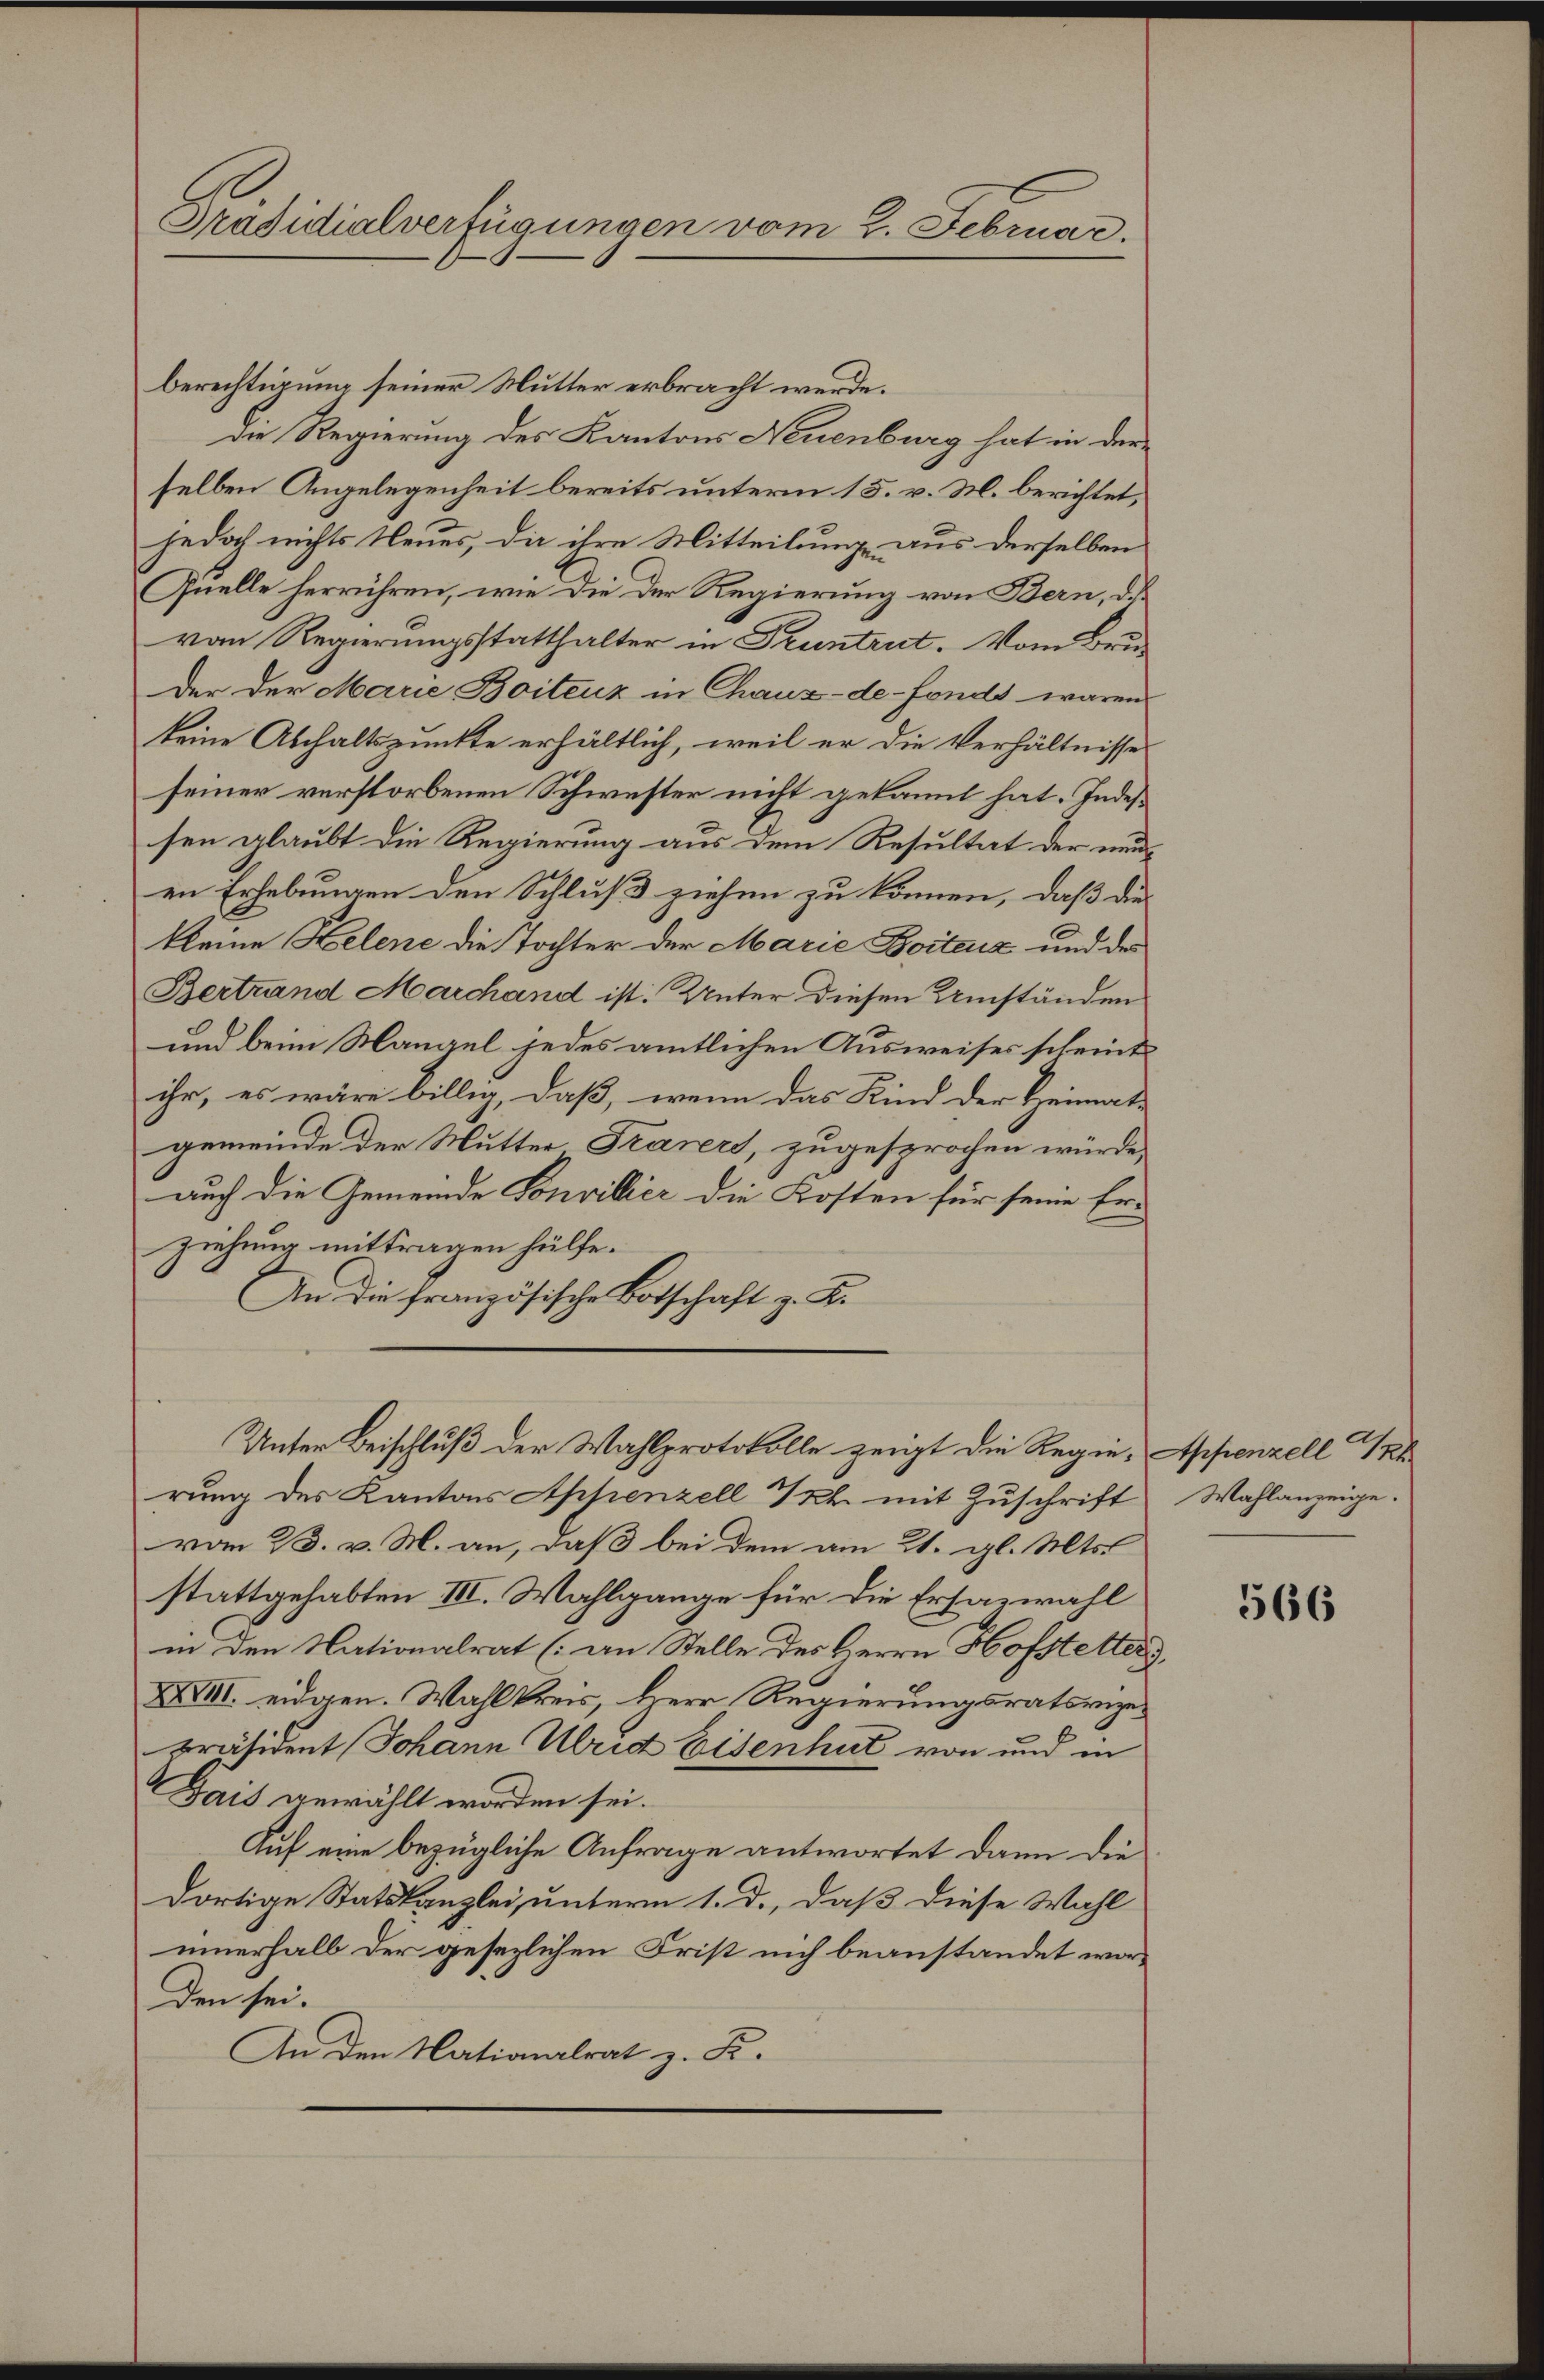
Präsidialverfügungen vom 2. Februar.

berechtigung seiner Mutter erbracht werde.
die Regierung des Kantons Neuenburg hat in der
selben Angelegenheit bereits unterm 15. v. M. berichtet,
jedoch nichts Neues, die ihre Mitteilung aus derselben
Quelle herrühren, wie die der Regierung von Bern, daß
vom Regierungsstatthalter in Truntrut. Vom Bruder der Marie Boitenz in Chaux-de-Fonds waren
keine Abhaltspunkte erhältlich, weil er die Verhältnisse
seiner verstorbenen Schwester nicht gekannt hat. Indessen glaubt die Regierung aus dem Resultat der nunen Erhebungen den Schluß ziehen zu können, daß die
kleine Helene die Tochter der Marie Boitenz und des
Bertrand Marchand ist: Unter diesen Umständen
und beim Mangel jedes amtlichen Ausweises scheint
ihr, es wäre billig, daß, wenn das Kind der Heimat-
gemeinde der Mutter Trasers, zugesprochen würde,
auch die Gemeinde Sonvillier die Kosten für seine Er-
ziehung mittragen hülfe.
An die französische Botschaft z. K.
Unter Beischluß der Wahlprotokolle zeigt die Regierung des Kantons Appenzell Th. mit Zuschrift
vom 23. v. M. an, daß bei dem am 21. gl. Mts.
stattgehabten III. Wahlgange für die Ersazwahl
in den Nationalrat (an Stelle des Herrn Hofstetter
XXVIII. eidgen. Wahlkreis, Herr Regierungsratsreize¬
Präsident Johann Ubrid Eisenhut von und in
Dais gewählt worden sei.
Auf eine bezügliche Anfrage antwortet dann die
dortige Statskanzlei, unterm 1. d., daß diese Wahl
innerhalb der gesezlichen Frist nich beanstandet worden sei.
An den Nationalrat z. K.

Appenzell Sr
Wahlanzeige.

566